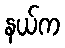
နယ်က